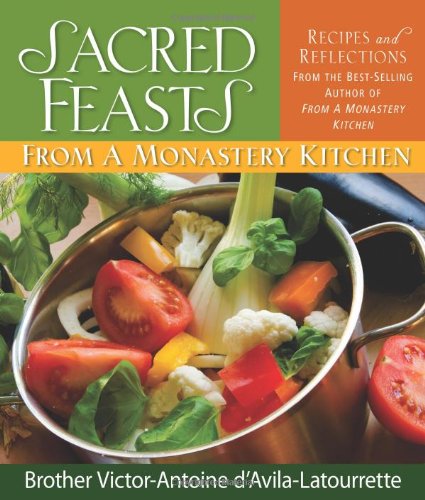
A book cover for Sacred Feasts: From a Monastery Kitchen; Victor-Antoine d'Avila-Latourrette; Christian Books & Bibles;